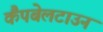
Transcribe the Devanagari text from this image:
कैंपबेलटाउन